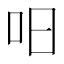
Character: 𱒈